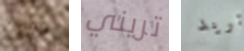
ضيفة تريني تريد